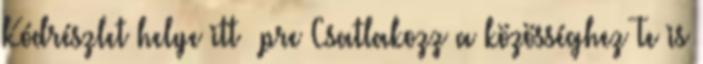
Kódrészlet helye itt pre Csatlakozz a közösséghez Te is